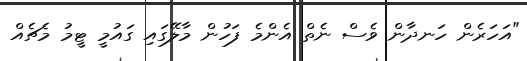
"އަހަރެން ހަނދާން ވެސް ނެތް އެންމެ ފަހުން މާލޭގައި ގައުމީ ޓީމު މެޗެއް